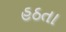
હઠતા